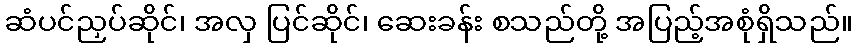
ဆံပင်ညှပ်ဆိုင်၊ အလှ ပြင်ဆိုင်၊ ဆေးခန်း စသည်တို့ အပြည့်အစုံရှိသည်။